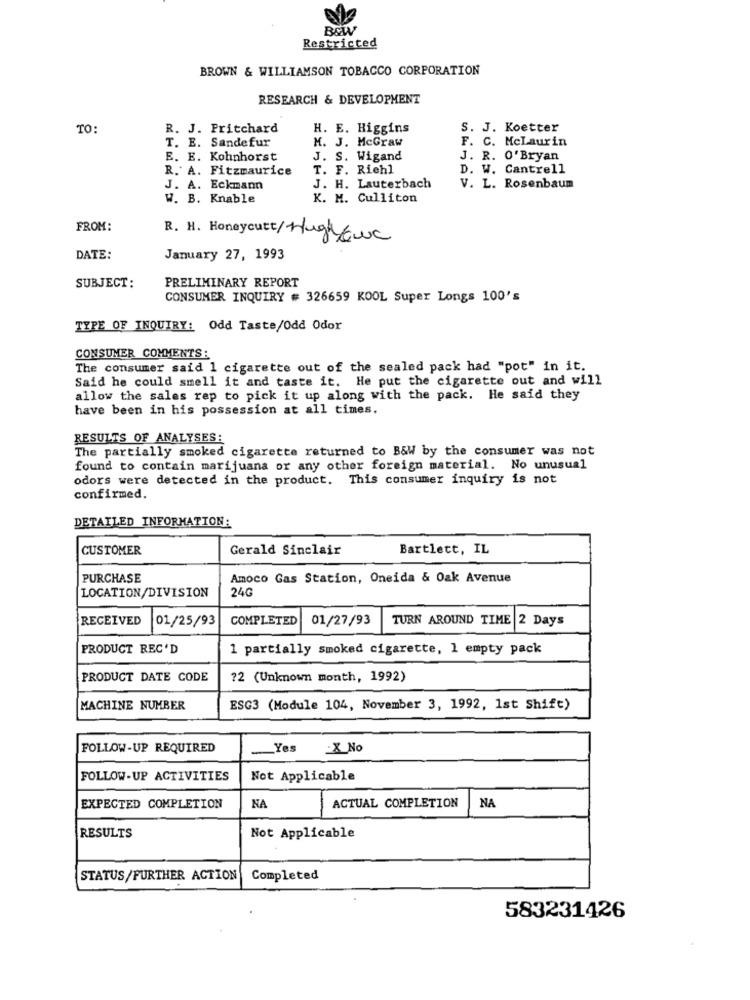
B&W
Restricted
BROWN & WILLIAMSON TOBACCO CORPORATION
RESEARCH & DEVELOPMENT
TO:
R. J. Pritchard
H. E. Higgins
S. J. Koetter
T. E. Sandefur
M. J. McGraw
F. C. McLaurin
E. E. Kohnhorst
J. S. Wigand
J. R. O' Bryan
R. A. Fitzmaurice
T. F. Richl
D. W. Cantrell
J. A. Eckmann
J. H. Lauterbach
V. L. Rosenbaum
W. B. Knable
K. M. Culliton
FROM:
R. H. Honeycutt/Hughque
DATE:
January 27, 1993
PRELIMINARY REPORT
SUBJECT:
CONSUMER INQUIRY # 326659 KOOL Super Longs 100's
TYPE OF INQUIRY: Odd Taste/Odd Odor
CONSUMER COMMENTS:
The consumer said 1 cigarette out of the sealed pack had "pot" in it.
Said he could smell it and taste it. He put the cigarette out and will
allow the sales rep to pick it up along with the pack. He said they
have been in his possession at all times.
RESULTS OF ANALYSES:
The partially smoked cigarette returned to B&W by the consumer was not
found to contain marijuana or any other foreign material. No unusual
odors were detected in the product. This consumer inquiry is not
confirmed.
DETAILED INFORMATION:
CUSTOMER
Gerald Sinclair
Bartlett, IL
PURCHASE
Amoco Gas Station, Oneida & Oak Avenue
24G
LOCATION/DIVISION
RECEIVED
01/25/93
COMPLETED
01/27/93
TURN AROUND TIME 2 Days
PRODUCT REC'D
1 partially smoked cigarette, 1 empty pack
PRODUCT DATE CODE
?2 (Unknown month, 1992)
MACHINE NUMBER
ESG3 (Module 104, November 3, 1992, 1st Shift)
FOLLOW-UP REQUIRED
Yes
X_No
FOLLOW-UP ACTIVITIES
Not Applicable
EXPECTED COMPLETION
NA
ACTUAL COMPLETION
NA
RESULTS
Not Applicable
STATUS/FURTHER ACTION
Completed
583231426